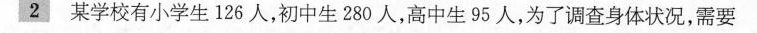
2某学校有小学生126人，初中生280人，高中生95人，为了调查身体状况，需要